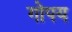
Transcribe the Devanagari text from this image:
गोपय